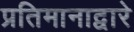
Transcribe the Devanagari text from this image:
प्रतिमानाद्वारे